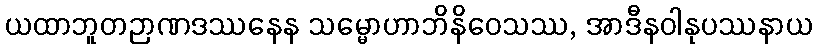
ယထာဘူတဉာဏဒဿနေန သမ္မောဟာဘိနိဝေသဿ, အာဒီနဝါနုပဿနာယ